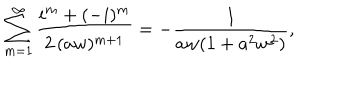
\sum _ { m = 1 } ^ { \infty } \frac { i ^ { m } + ( - i ) ^ { m } } { 2 \, ( a w ) ^ { m + 1 } } = - \frac { 1 } { a w ( 1 + a ^ { 2 } w ^ { 2 } ) } ,